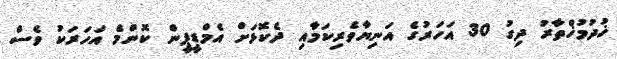
ޚުދުމުޚްތާރު ދިގު 30 އަހަރުގެ އަނިޔާވެރިކަމާއި ދެކޮޅަށް އެމްޑީޕީން ކޮންމެ އަހަރަކު ވެސް